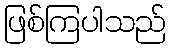
ဖြစ်ကြပါသည်